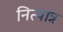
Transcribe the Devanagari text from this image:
नित्यान्न